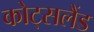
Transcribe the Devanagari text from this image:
कोट्सलैंड